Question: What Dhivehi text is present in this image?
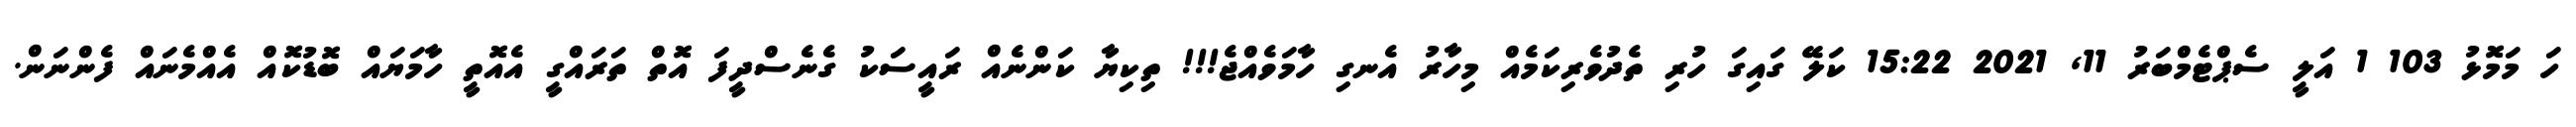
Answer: ހަ މަމޮޅު 103 1 އަލީ ސެޕްޓެމްބަރު 11, 2021 15:22 ކަލޭ ގައިގަ ހުރި ތެދުވެރިކަމެއް މިހާރު އެނގި ހާމަވެއްޖެ!!! ތިކިޔާ ކަންނެއް ރައީސަކު ގެނެސްދީފަ އޮތް ތަރައްގީ އެއޮތީ ހާމަޔައް ބޮޑުކޮއް އެއްމެނައް ފެންނަން.